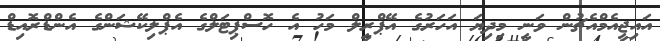
އައިޖީއެމްއެޗުން ވަނީ މިދިޔަ އަހަރުގެ އޭޕްރީލް މަހު އެ ހޮސްޕިޓަލްގެ އެޕްލިކޭޝަންގެ އެންޑްރޮއިޑް